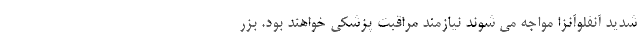
شدید آنفلوآنزا مواجه می شوند نیازمند مراقبت پزشکی خواهند بود. بزر